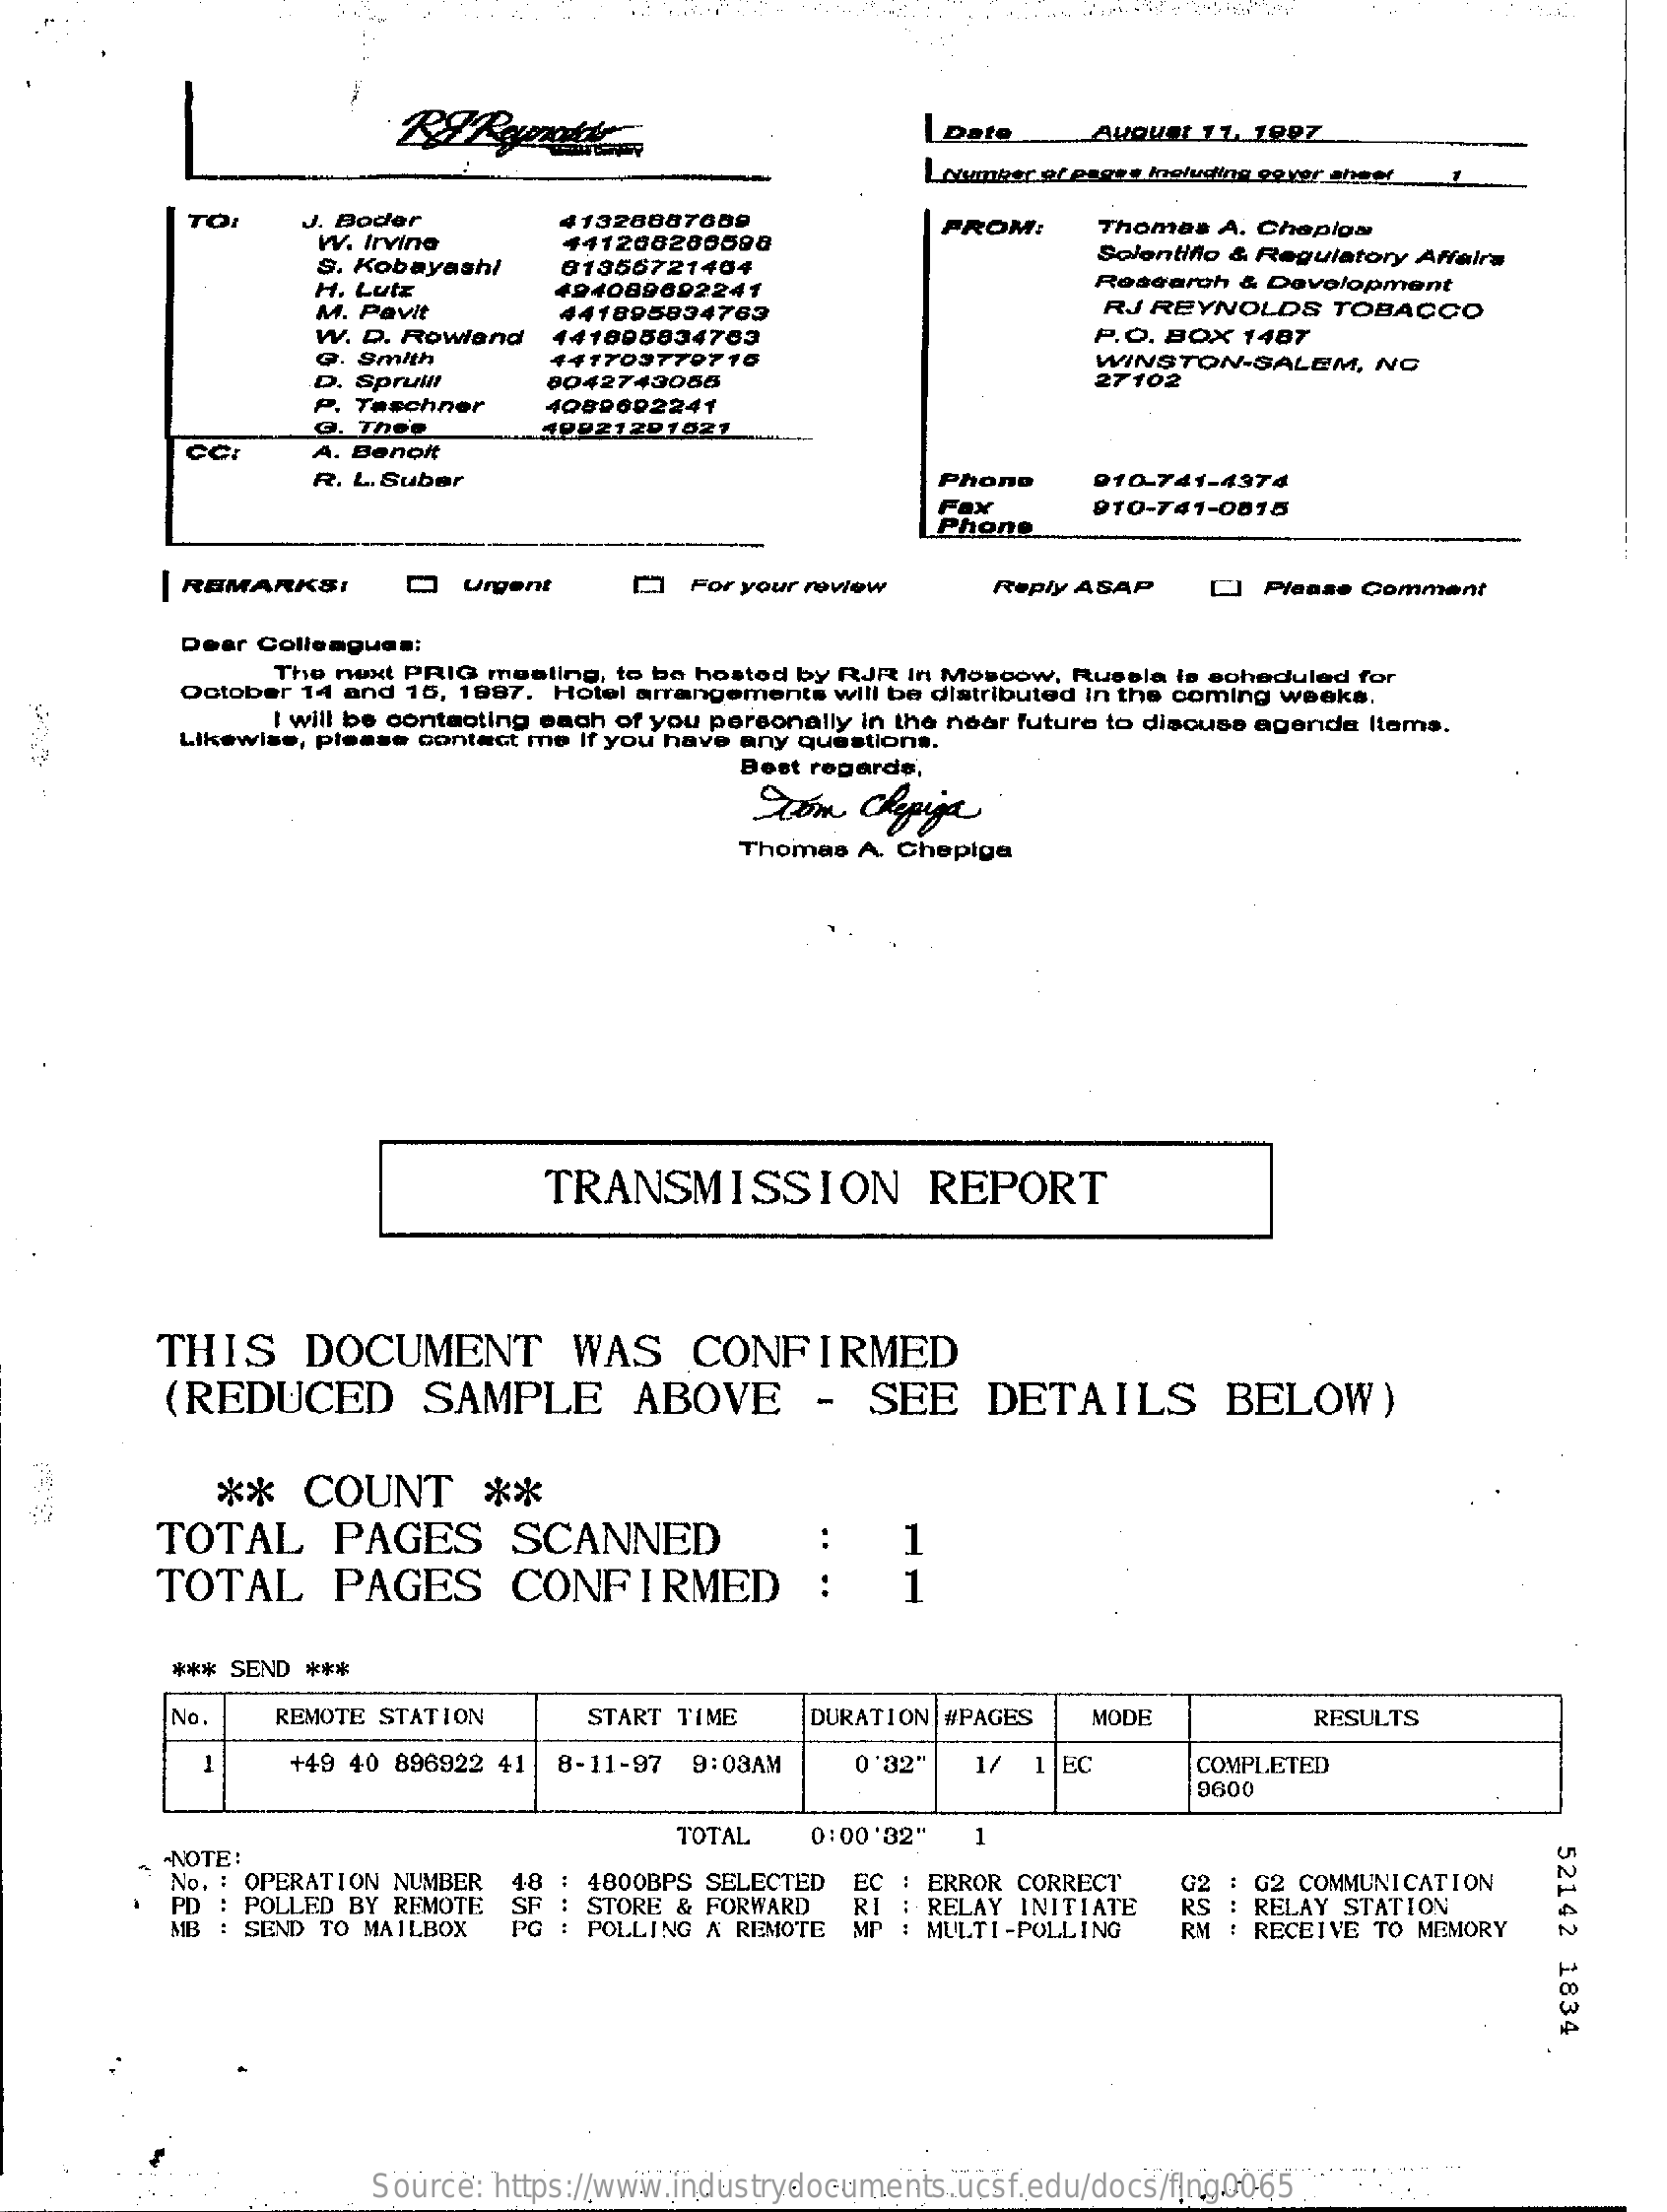
Date    August 11. 1007
     LNumber of pages including cover sheet
     TO:    J. Boder
     W. Irvine
     41328887059
     S. Kobayashi
     441200200080
     FROM:    Thomas A. Chepiga
     H. Lutz
     01356721404
     Solentifio & Regulatory Affairs
     Research & Development
     M. Pavit
     494089892241
     W. D. Rowland
     441895834763    RJ REYNOLDS   TOBACCO
     441895834763    P.O. BOX 1487
     G. Smith
     Spruill
     441703770716    WINSTON-SALEM,  NC
     Teschner
     0042743055    27102
     @. The's
     4089602241
     A. Benoit
     19821201021
     R. L.Suber    Phono    010-741-4374
     Fax
     Phone
     910-741-0815
     | REMARKS:    Q  Urgent    For your review   Reply ASAP   []  Please Comment
     Dear Colleagues:
     The next PRIG meeting, to be hosted by RJR In Moscow, Russia is scheduled for
     October 14 and 16, 1987. Hotel arrangements will be distributed in the coming weeks.
     I will be contacting each of you personally in the near future to discuss agenda Items.
     Likewise, please contact me If you have any questions.
     Best regards,
     From  Chepiga
     Thomas A. Chepiga
     TRANSMISSION    REPORT
     THIS    DOCUMENT    WAS    CONFIRMED
     (REDUCED    SAMPLE    ABOVE    -   SEE    DETAILS    BELOW)
     **   COUNT    **
     TOTAL    PAGES    SCANNED
     TOTAL    PAGES    CONFIRMED
     1
     1
     *** SEND ***
     No.   REMOTE STATION    START TIME   DURATION #PAGES  MODE    RESULTS
     1    +49 40 896922 41 8-11-97 9:08AM   0'82"   1/ 1 EC    COMPLETED
     9600
     TOTAL   0:00'32"  1
     52142
     1834
     NOTE :
     No. : OPERATION NUMBER
     PD : POLLED BY REMOTE
     48
     MB : SEND TO MAILBOX
     SF
     4800BPS SELECTED
     PG
     STORE & FORWARD RI
     EC : ERROR CORRECT
     POLLING A REMOTE
     - RELAY INITIATE
     G2  G2 COMMUNICATION
     MP : MULTI-POLLING  RM
     : RELAY STATION
     : RECEIVE TO MEMORY
     Source: https://www.industrydocuments.ucsf.edu/docs/flng0065